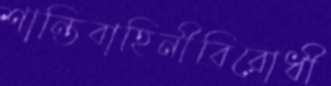
শান্তিবাহিনীবিরোধী